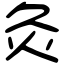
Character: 灸